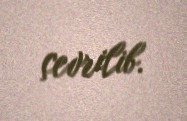
çevrilib.